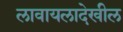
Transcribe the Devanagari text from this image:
लावायलादेखील